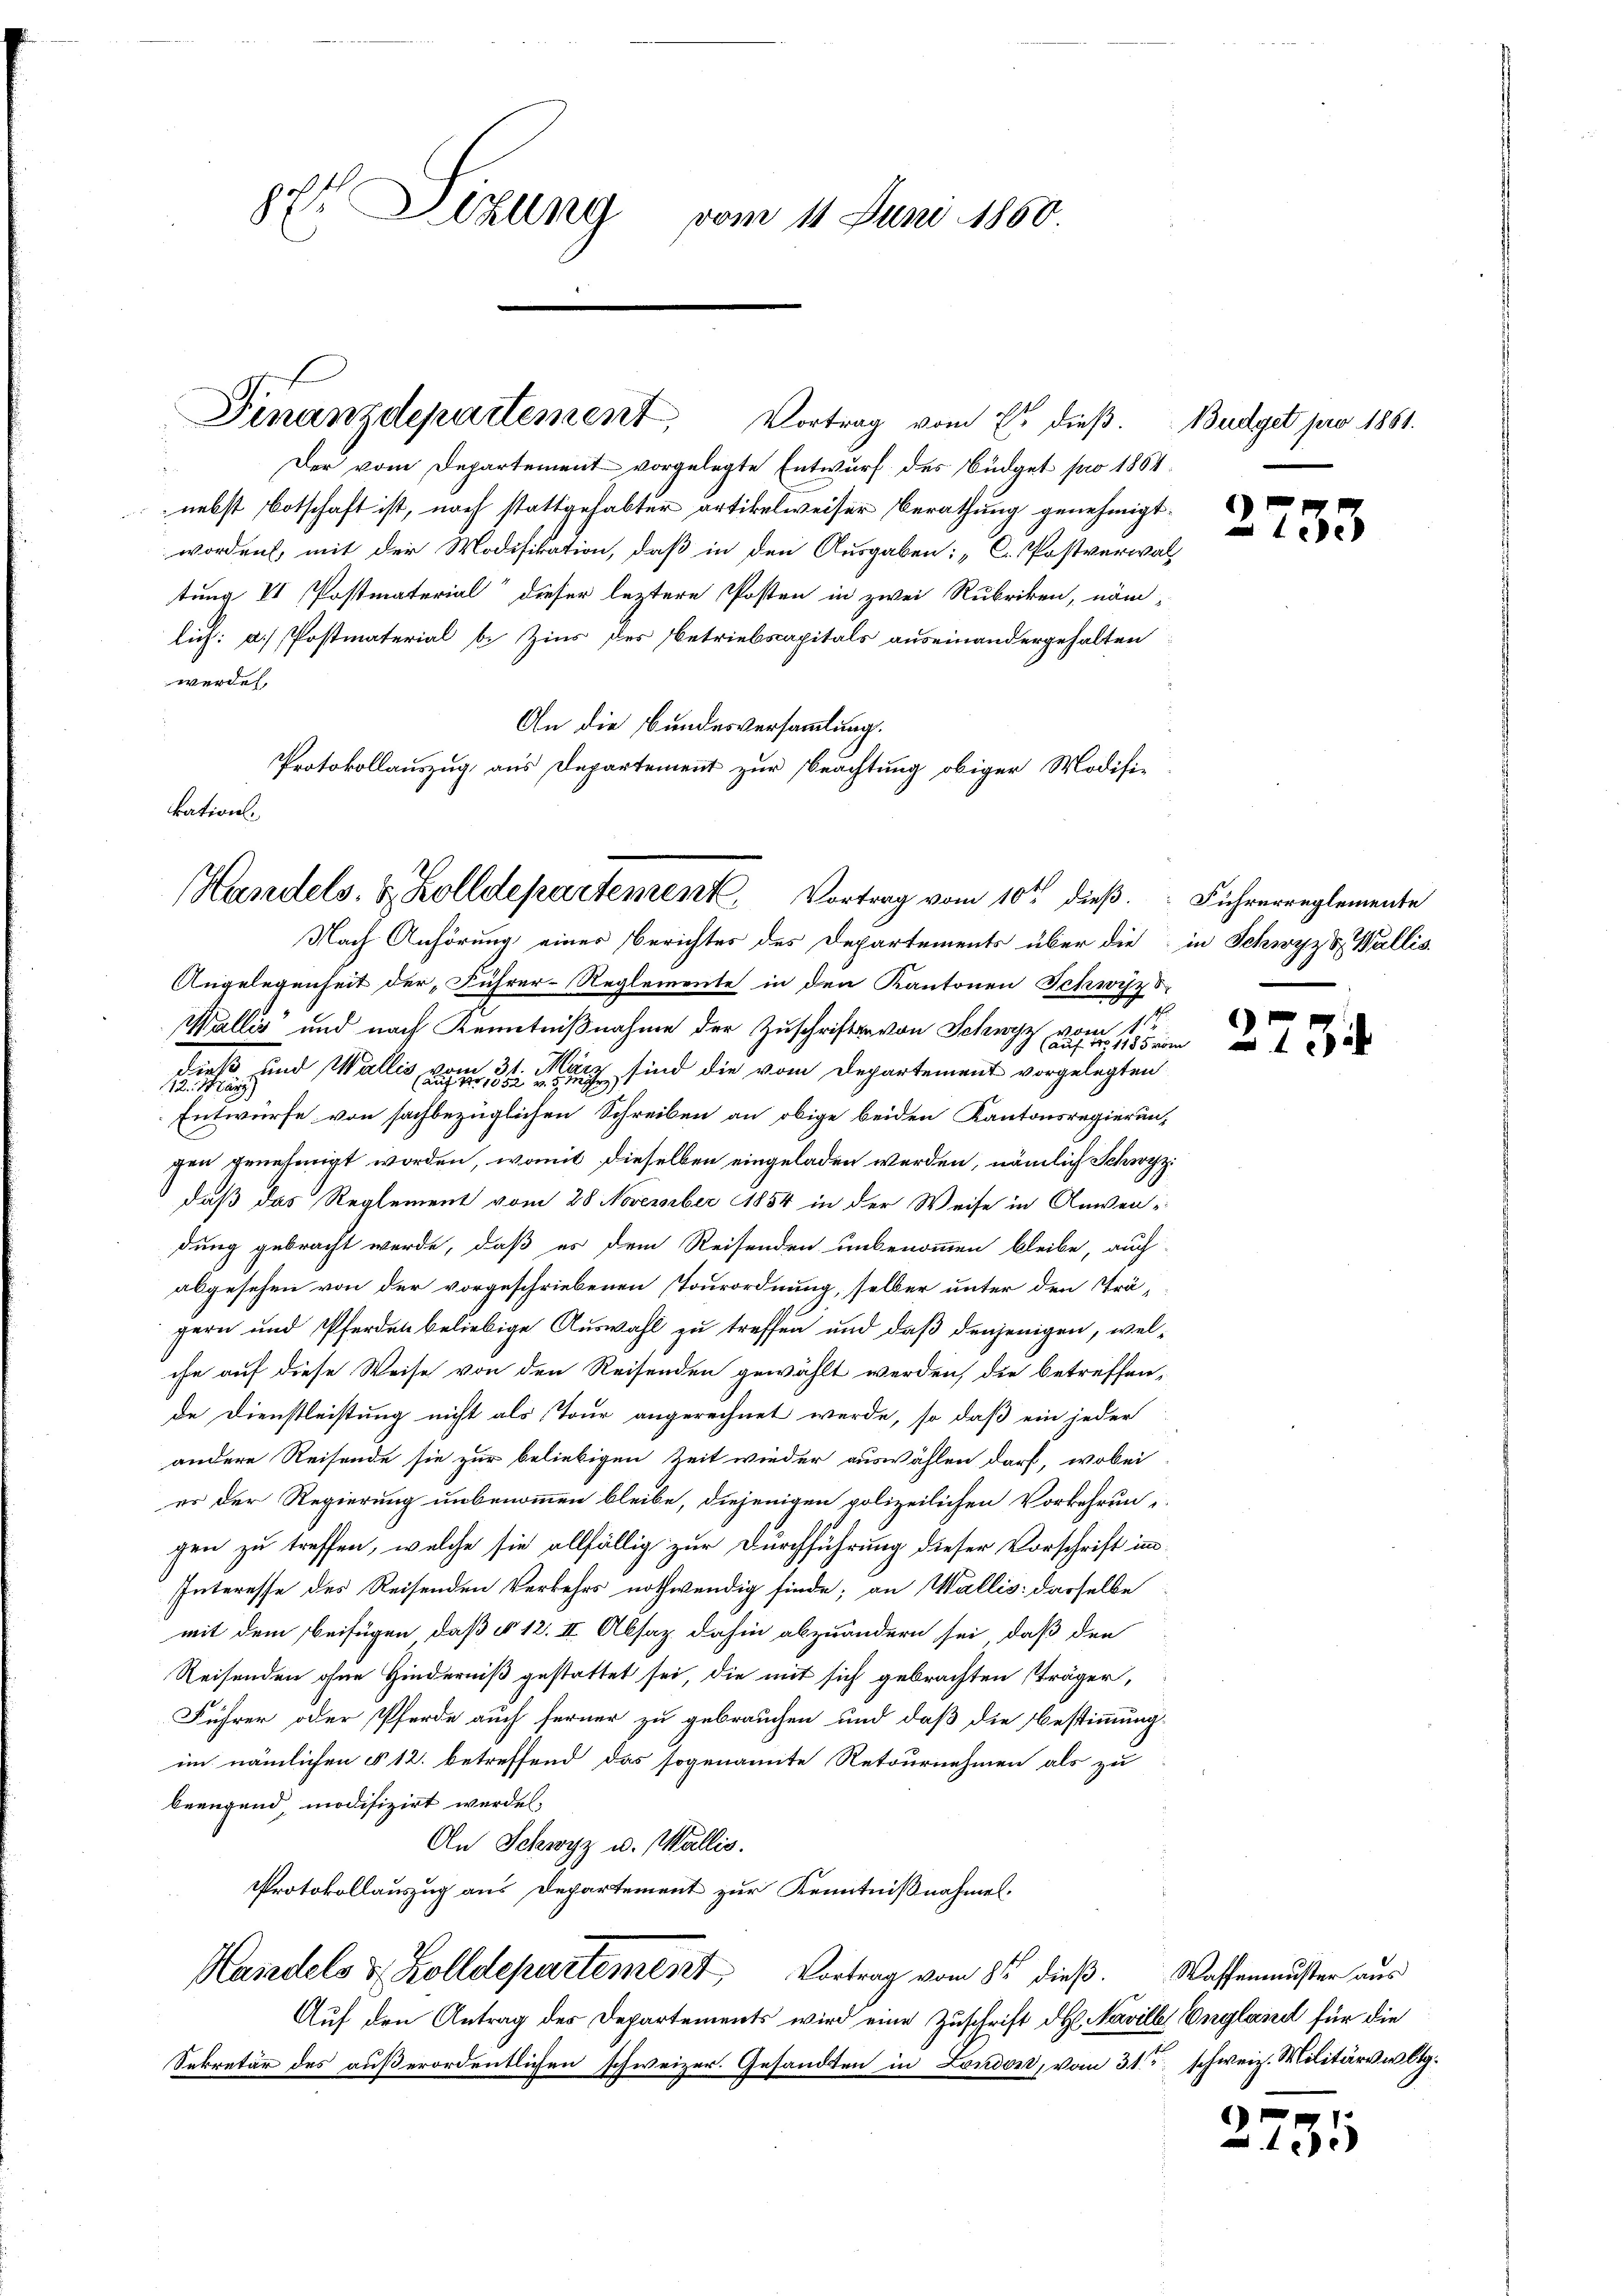
7t Altung vom 11. Juni 1860

Der vom Departement vorgelegte Entwurf des Büdget pro 1864.
nebst Botschaft ist, noch stattgehabter artikelweiser Berathung genehmigt.
worden, mit der Modifikation, daß in den Ausgaben: „C. Postverwal
tung II Postmaterial dieser leztere Posten in zwei Rubriken, näm-
lich: a) Postmaterial b. Zins des Betriebscapitals auseinandergehalten
werden,
An die Bundesversammlung.
Angelegenheit der Führer-Reglemente in den Kantonen Schwyz s
t
Wallis und nach Kenntnißnahme der Zuschriften von Schwyz vom 1te
1 (auf No 1185 vom
dieß und Wallis, vom 31. März sind die vom Departement vorgelegten
12. März
Entwurfe von sachbezüglichen Schreiben an obige beiden Kantonsregierun-
gen genehmigt worden, womit dieselben eingeladen werden, nämlich Schwyz:
daß das Reglement vom 28 November 1854 in der Weise in Anwendung gebracht werde, daß es dem Reisenden unbenommen bleibe, auch
abgesehen von der vorgeschriebenen Tourordnung, selber unter den Trä-
gern und Pferden beliebige Auswahl zu treffen und daß denjenigen, welche auf diese Weise von den Reisenden gewählt werden, die betreffen,
de Dienstleistung nicht als Tour angerechnet werde, so daß ein jeder
andere Reisende sie zur beliebigen Zeit wieder auswählen darf, wobei
es der Regierung unbenommen bleibe, diejenigen polizeilichen Vorkehrungen zu treffen, welche sie allfällig zur Durchführung dieser Vorschrift in¬
Interesse des Reisenden Verkehrs nothwendig finde; an Wallis dasselbe
mit dem Beifügen, daß § 12. II Absaz dahin abzuändern sei, daß den
Reisenden ohne Hinderniß gestattet sei, die mit sich gebrachten sträger,
Führer oder Pferde auch ferner zu gebrauchen und daß die Bestimmung.
im nämlichen § 12. betreffend das sogenannte Retournehmen als zu
beaugend, modifizirt werden.
An Schwyz u. Wallis.
Protokollauszug aus Departement zur Kenntnißnahmen.
Kasadels & Zolldepartement Vortrag vom 8. dieß.
Auf den Antrag des Departements wird eine Zuschrift des Navill England für die
Sekretär des außerordentlichen schweizer. Gesandten in London, vom 31ten schweiz. Militärvwltg¬

Protokollauszug aus Departement zur Beachtung obiger Modifi-
kations-
Handels- & Zolldepartement. Vortrag vom 10ten dieβ. Führerreglemente
Nach Anhörung einer Berichtes des Departements über die in Schwyz & Wallis

Finanzdepartement, Vortrag vom 7ten dieß. Budget pro 1861.

2733

6

134

Waffenmuster aus

135